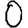
Digit: 0